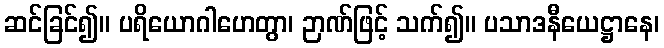
ဆင်ခြင်၍။ ပရိယောဂါဟေတွာ၊ ဉာဏ်ဖြင့် သက်၍။ ပသာဒနီယေဋ္ဌာနေ၊